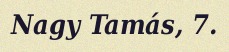
Nagy Tamás, 7.